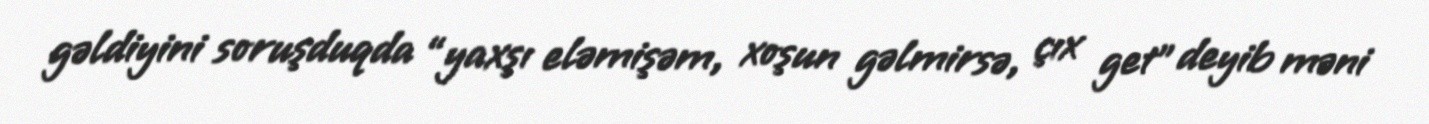
gəldiyini soruşduqda “yaxşı eləmişəm, xoşun gəlmirsə, çıx get” deyib məni